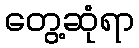
တွေ့ဆုံရာ